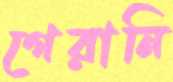
গেরানি